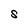
Character: S